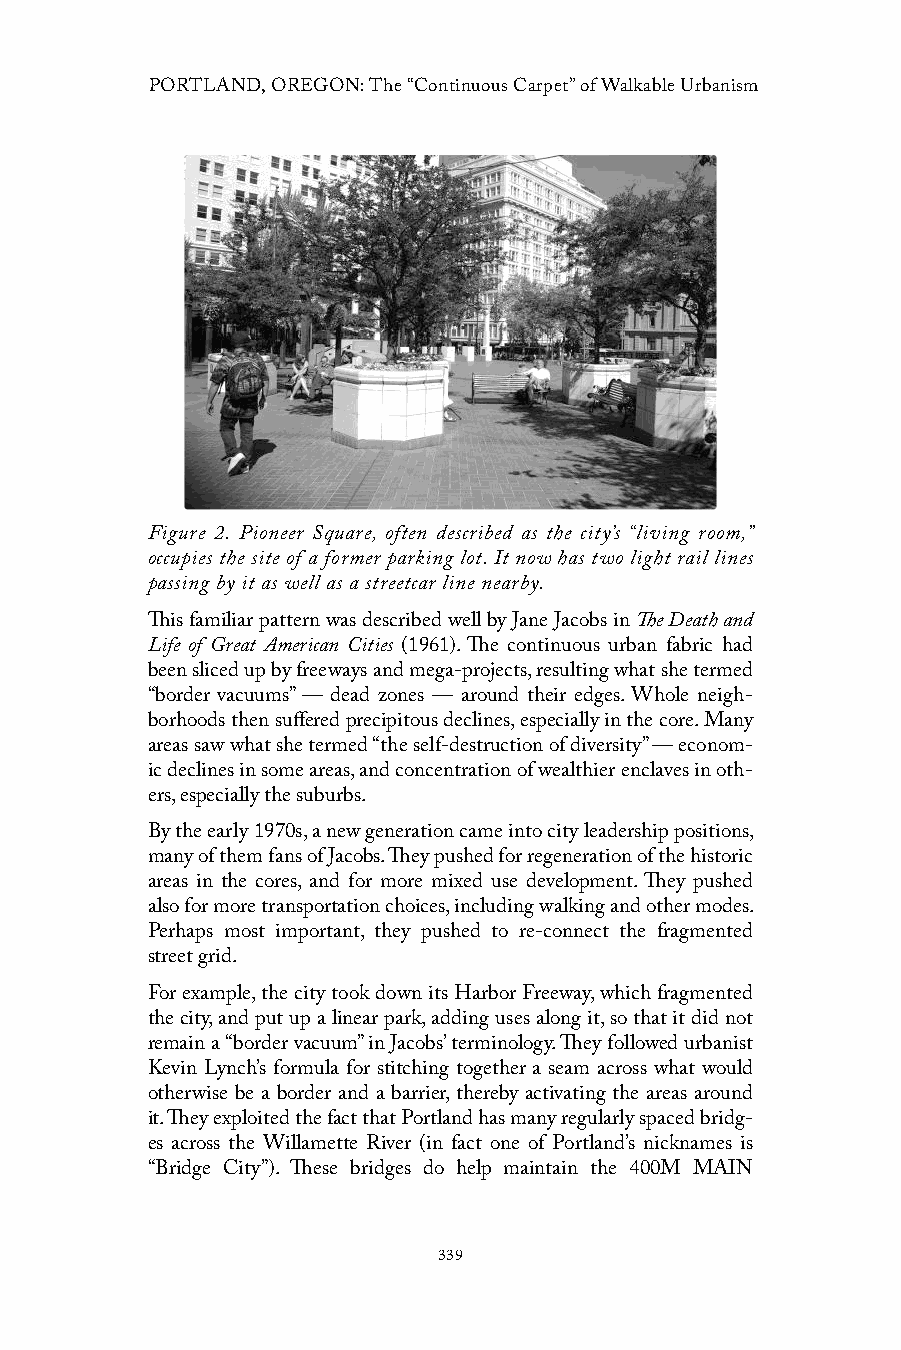
PORTLAND, OREGON: The “Continuous Carpet” of Walkable Urbanism
 Figure 2. Pioneer Square, often described as the city’s “living room,”
 occupies the site of a former parking lot. It now has two light rail lines
 passing by it as well as a streetcar line nearby.
 This familiar pattern was described well by Jane Jacobs in The Death and
 Life of Great American Cities (1961). The continuous urban fabric had
 been sliced up by freeways and mega-projects, resulting what she termed
 “border vacuums” — dead zones — around their edges. Whole neigh-
 borhoods then suffered precipitous declines, especially in the core. Many
 areas saw what she termed “the self-destruction of diversity” — econom-
 ic declines in some areas, and concentration of wealthier enclaves in oth-
 ers, especially the suburbs.
 By the early 1970s, a new generation came into city leadership positions,
 many of them fans of Jacobs. They pushed for regeneration of the historic
 areas in the cores, and for more mixed use development. They pushed
 also for more transportation choices, including walking and other modes.
 Perhaps most important, they pushed to re-connect the fragmented
 street grid.
 For example, the city took down its Harbor Freeway, which fragmented
 the city, and put up a linear park, adding uses along it, so that it did not
 remain a “border vacuum” in Jacobs’ terminology. They followed urbanist
 Kevin Lynch’s formula for stitching together a seam across what would
 otherwise be a border and a barrier, thereby activating the areas around
 it. They exploited the fact that Portland has many regularly spaced bridg-
 es across the Willamette River (in fact one of Portland’s nicknames is
 “Bridge City”). These bridges do help maintain the 400M MAIN
 339